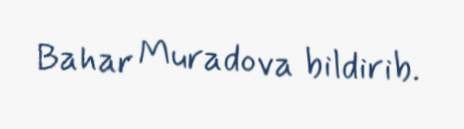
Bahar Muradova bildirib.